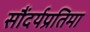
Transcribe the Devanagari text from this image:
सौंदर्यप्रतिमा